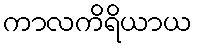
ကာလကိရိယာယ